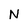
Character: N